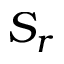
S _ { r }